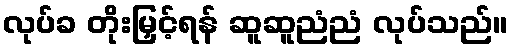
လုပ်ခ တိုးမြှင့်ရန် ဆူဆူညံညံ လုပ်သည်။